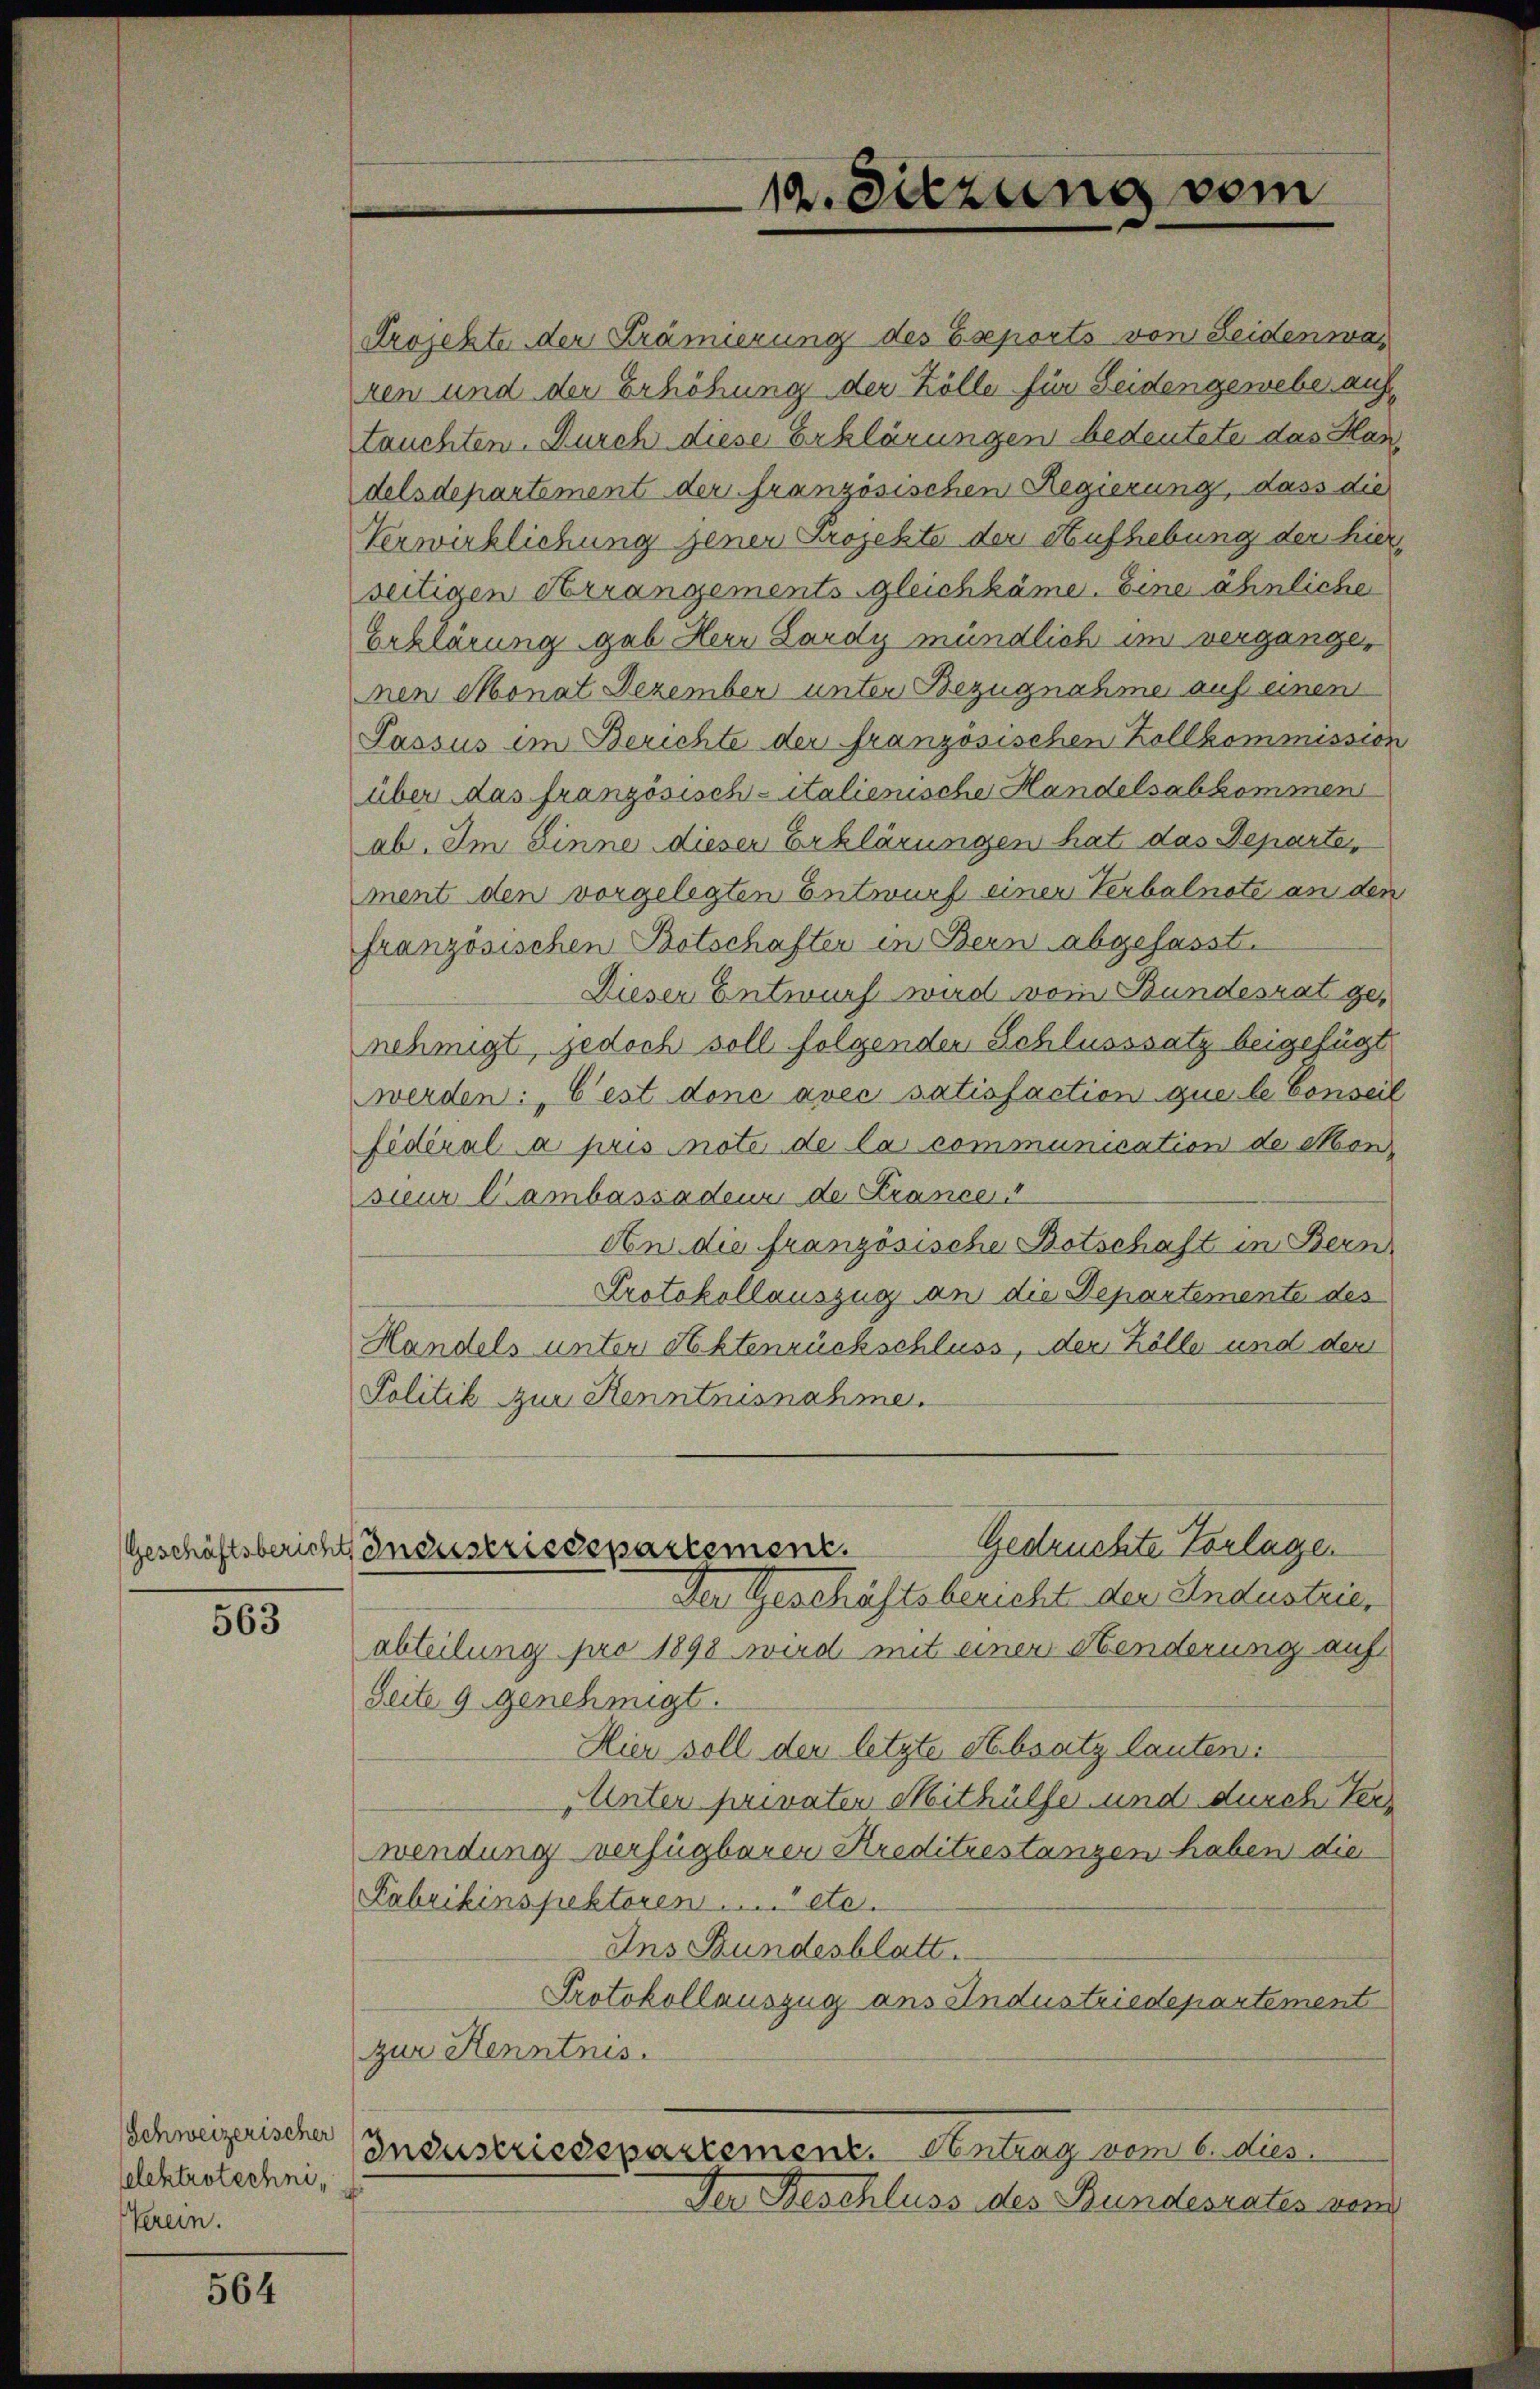
563

Schweizerischer
selektrotechni¬
Verein.

564

Projekte der Krämierung des Eseports von Seidenwa
ren und der Erhöhung der Zölle für Seidengewebe auftauchten. Durch diese Erklärungen bedeutete das Handelsdepartement der französischen Regierung, dass die
Verwirklichung jener Projekte der Aufhebung der hierseitigen Arrangements gleichkäme. Eine ähnliche
Erklärung geb. Herr Lardy mündlich im vergange,
en Monat Dezember unter Bezugnahme auf einen
Passus im Berichte der französischen Zollkommission
über das französisch-italienische Handelsabkommen
ab. Im Sinne dieser Erklärungen hat das Departe,
ment den vorgelegten Entwurf einer Verbalnote an den
französischen Botschafter in Bern abgefasst.
Dieser Entwurf wird vom Bundesrat genehmigt, jedoch soll folgenden Schlusssatz beigefügt
werden: "C’est done avec satisfaction que le Conseil
fideral a pris note de la communication de Monsieur Cambassaden de Krance
An die französische Botschaft in Bern
Protokollauszug an die Departemente des
Handels unter Aktenrückschluss, der Kölle und der
Politik zur Kenntnisnahme.
Geruchte Vorlagen
Geschäftsbericht, Industriedepartement.
Der Geschäftsbericht der Industrie
abteilung pro 1898 wird mit einer Henderung auf
Seite 9 genehmigt.
Hier soll der letzte Absatz lauten:
Unter privaten Mithülfe und durch Verwendung verfügbarer Kreditestanzen haben die
Fabrikinspektoren etc.
Ins Bundesblatt.
Protokollauszug aus Industriedepartement
zur Kenntnis.
Industriedepartemenz. Antrag vom 6. dies
Den Beschluss des Bundesrates von

12. Sitzung vom